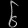
Digit: ၆